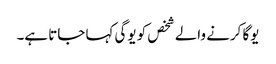
یوگا کرنے والے شخص کو یوگی کہا جاتا ہے۔